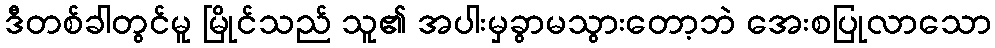
ဒီတစ်ခါတွင်မူ မြိုင်သည် သူ၏ အပါးမှခွာမသွားတော့ဘဲ အေးစပြုလာသော